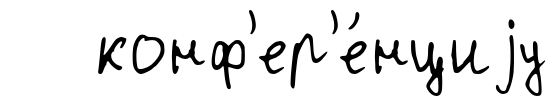
конф'ер'е́нциjу